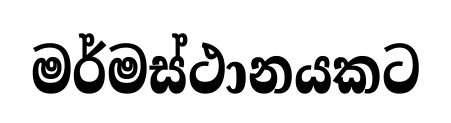
මර්මස්ථානයකට